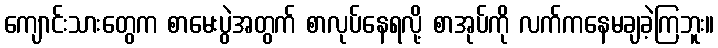
ကျောင်းသားတွေက စာမေးပွဲအတွက် စာလုပ်နေရလို့ စာအုပ်ကို လက်ကနေမချခဲ့ကြဘူး။